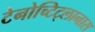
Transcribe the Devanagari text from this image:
टेनोच्टिट्लानास